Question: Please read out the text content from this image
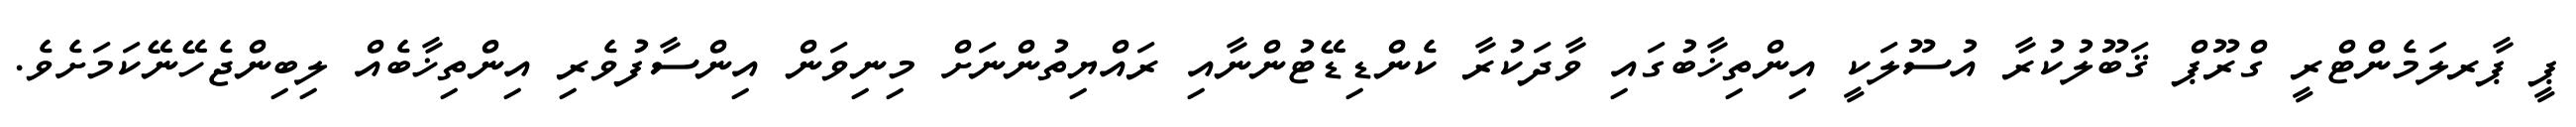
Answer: ޕީ ޕާރލަމެންޓްރީ ގްރޫޕް ޤަބޫލުކުރާ އުސޫލަކީ އިންތިޚާބުގައި ވާދަކުރާ ކެންޑިޑޭޓުންނާއި ރައްޔިތުންނަށް މިނިވަން އިންސާފުވެރި އިންތިޚާބެއް ލިބިންޖެހޭނޭކަމަށެވެ.